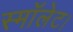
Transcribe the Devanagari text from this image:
स्मॉलेट।